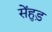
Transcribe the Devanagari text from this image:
सेंहुड़